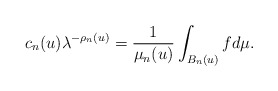
\begin{align*}c_n(u)\lambda^{-\rho_n(u)}=\frac{1}{\mu_n(u)}\int_{B_n(u)}f d\mu .\end{align*}